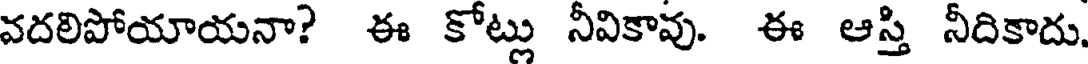
వదలిపోయాయనా? ఈ కోట్లు నీవికావు. ఈ ఆస్తి నీదికాదు.